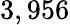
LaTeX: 3,956